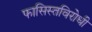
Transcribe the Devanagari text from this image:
फासिस्तविरोधी